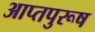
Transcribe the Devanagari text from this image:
आप्तपुरूष